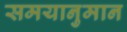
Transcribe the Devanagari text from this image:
समयानुमान